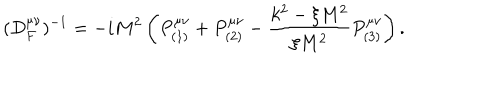
LaTeX: ( D _ { F } ^ { \mu \nu } ) ^ { - 1 } = - i M ^ { 2 } \left( P _ { ( 1 ) } ^ { \mu \nu } + P _ { ( 2 ) } ^ { \mu \nu } - \frac { k ^ { 2 } - \xi M ^ { 2 } } { \xi M ^ { 2 } } P _ { ( 3 ) } ^ { \mu \nu } \right) .